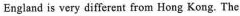
England is very different irom Hong Kong. The